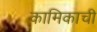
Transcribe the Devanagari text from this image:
कामिकाची